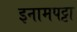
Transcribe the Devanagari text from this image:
इनामपट्टा